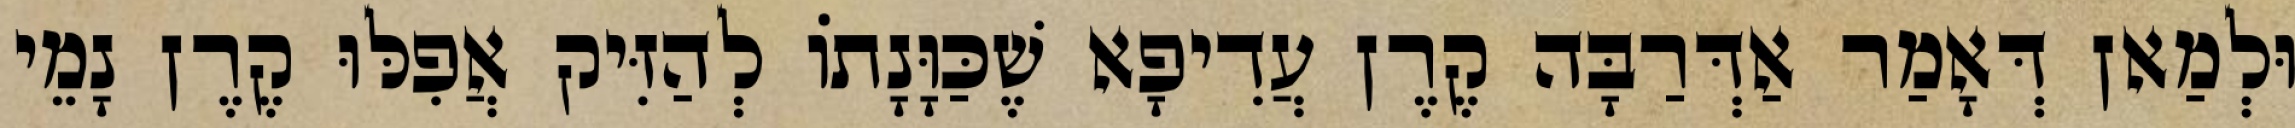
וּלְמַאן דְּאָמַר אַדְּרַבָּה קֶרֶן עֲדִיפָא שֶׁכַּוָּנָתוֹ לְהַזִּיק אֲפִלּוּ קֶרֶן נָמֵי